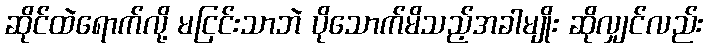
ဆိုင်ထဲရောက်လို့ မငြင်းသာဘဲ ပိုသောက်မိသည့်အခါမျိုး ဆိုလျှင်လည်း